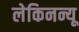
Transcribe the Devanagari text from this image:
लेकिनन्यू